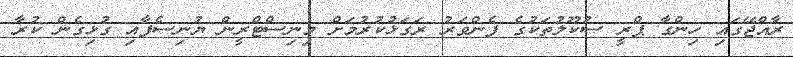
ރާއްޖޭގައި ހިންގާ ޕްރީ ސުކޫލުތަކުގެ ފެންވަރު ރަގަޅުކުރުމަށް މިނިސްޓްރީން ޔުނިސެފާއި ގުޅިގެން ކުރާ